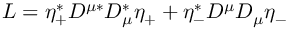
L = \eta _ { + } ^ { * } D ^ { \mu * } D _ { \mu } ^ { * } \eta _ { + } + \eta _ { - } ^ { * } D ^ { \mu } D _ { \mu } \eta _ { - }